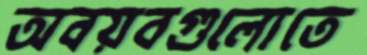
অবয়বগুলোতে